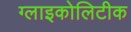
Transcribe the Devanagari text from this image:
ग्लाइकोलिटीक